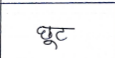
मजकूर: छूट